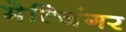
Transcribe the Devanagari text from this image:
मेत्जिंगर